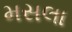
મસલા